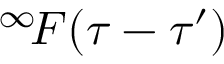
^ { \infty } \! F ( \tau - \tau ^ { \prime } )